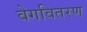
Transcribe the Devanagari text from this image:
वेगवितरण